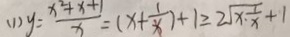
( 1 ) y = \frac { x ^ { 2 } + x + 1 } { x } = ( x + \frac { 1 } { x } ) + 1 \geq 2 \sqrt { x \cdot \frac { 1 } { x } } + 1